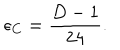
LaTeX: \epsilon _ { C } = \frac { D - 1 } { 2 4 } .